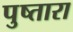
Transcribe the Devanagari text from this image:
पुष्तारा